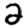
Digit: 2